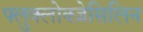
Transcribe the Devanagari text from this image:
फ्लुक्लोक्ज़ेसिलिन